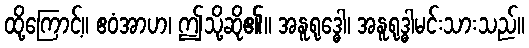
ထို့ကြောင့်။ ဧဝံအာဟ၊ ဤသို့ဆို၏။ အနူရုဒ္ဓေါ၊ အနူရုဒ္ဓါမင်းသားသည်။